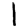
Digit: 1